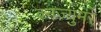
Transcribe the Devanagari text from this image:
क्नज्युमर